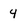
Character: 4